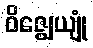
ဝိဇ္ဈေယျုံ